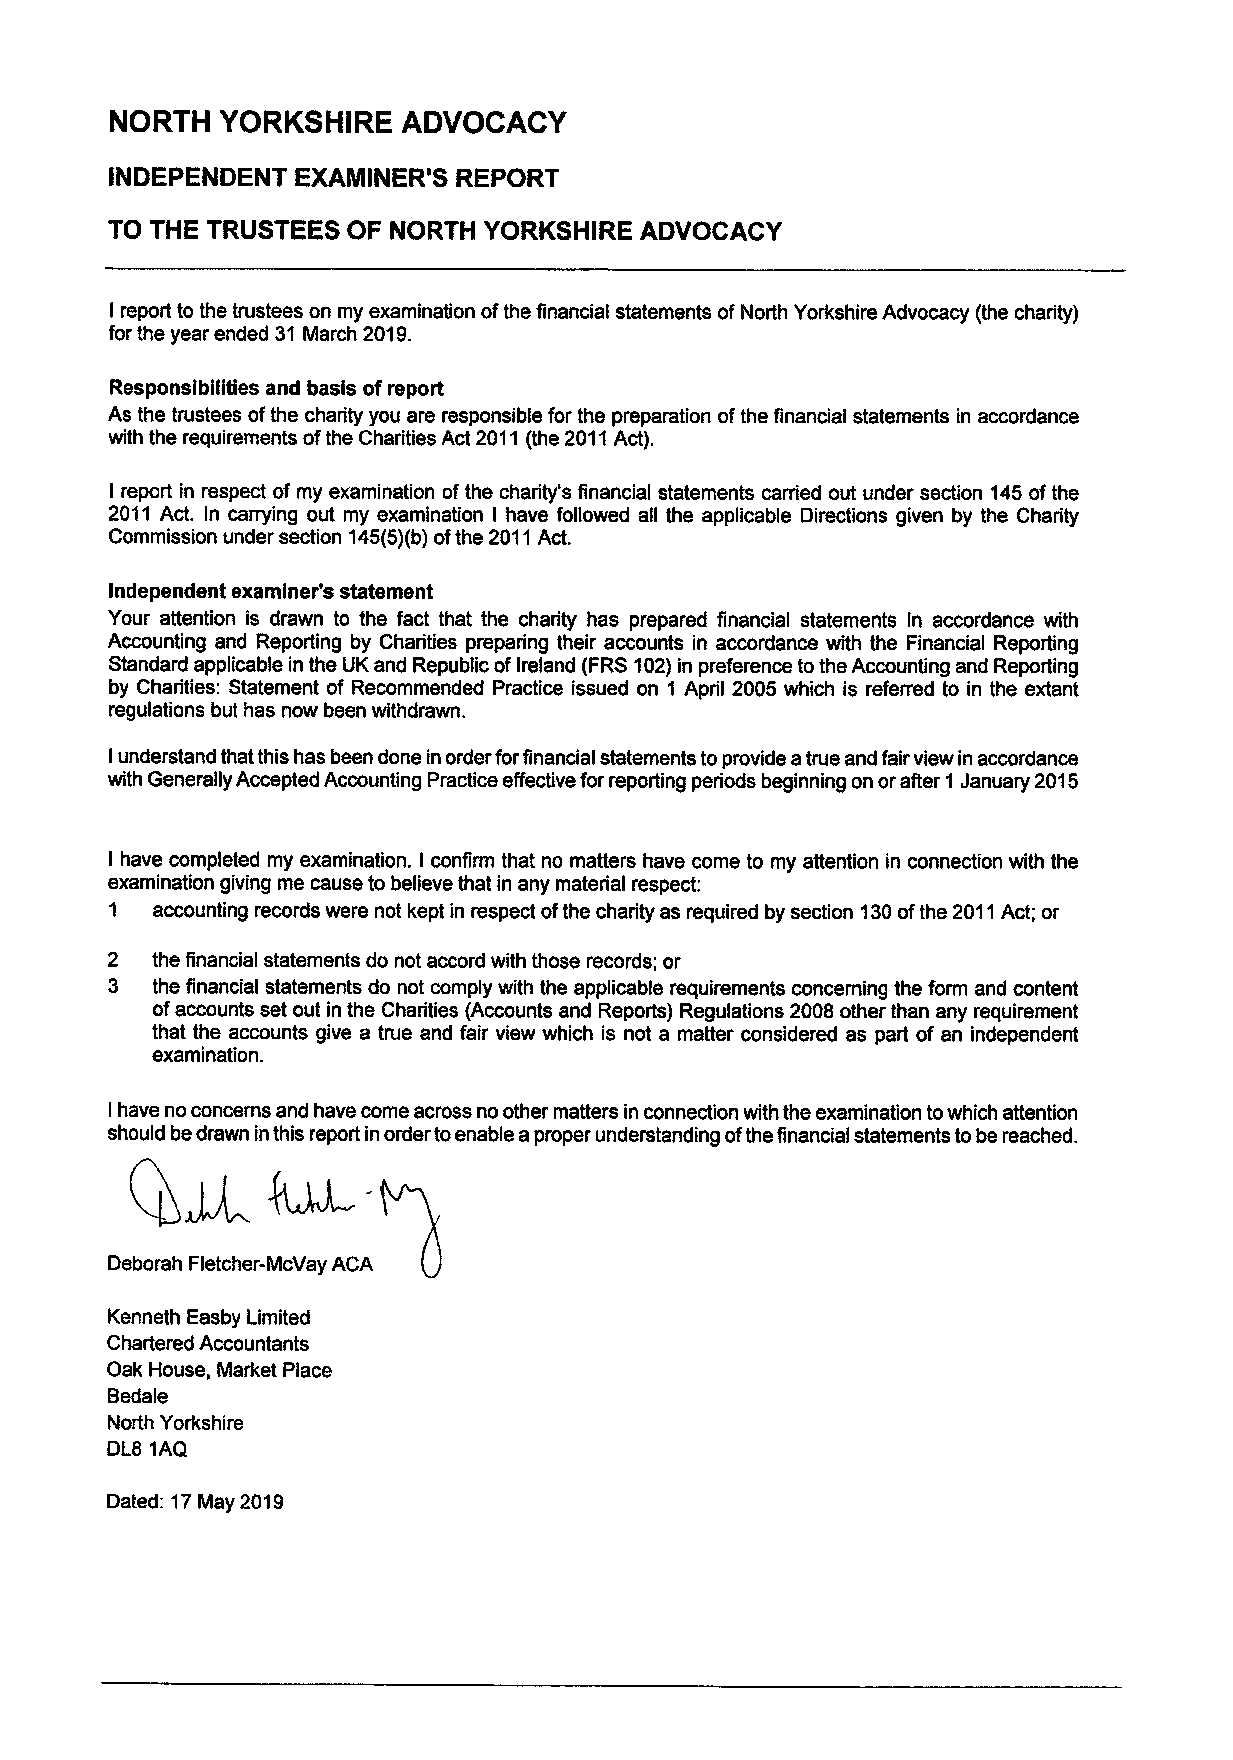
NORTH   YORKSHIRE   ADVOCACY
 INDEPENDENT  EXAMINER'S REPORT
 TO THE TRUSTEES OF NORTH YORKSHIRE ADVOCACY
 I report to the trustees on my examination ofthe financial statements ofNorth Yorkshire Advocacy (the charity)
 for the year ended 31 March 2019.
 Responsibilities and basis ofreport
 As the trustees ofthe charity you are responsible for the preparation ofthe financial statements in accordance
 with the requirements ofthe Charities Act 2011(the 2011Act).
 I report in respect of my examination ofthe charity's financial statements carried out under section 145ofthe
 2011 Act. In carrying out my examination I have followed all the applicable Directions given by the Charity
 Commission under section 145(5)(b)ofthe 2011Act.
 Independent examiner's statement
 Your attention is drawn to the fact that the charity has prepared financial statements in accordance with
 Accounting and Reporting by Charities preparing their accounts in accordance with the Financial Reporting
 Standard applicable in the UK and Republic ofIreland (FRS102)in preference tothe Accounting and Reporting
 by Charities: Statement of Recommended Practice issued on 1 April 2005 which is referred to in the extant
 regulations but has now been withdrawn.
 Iunderstand that this has been done in order forfinancial statements toprovide atrue and fair view in accordance
 with Generally Accepted Accounting Practice effective forreporting periods beginning on orafter 1 January 2015
 I have completed my examination. I confirm that no matters have come to my attention in connection with the
 examination giving me cause to believe that in any material respect:
 1  accounting records were not kept in respect ofthe charity as required by section 130ofthe 2011Act; or
 2  the financial statements do not accord with those records; or
 3  the financial statements do not comply with the applicable requirements concerning the form and content
 ofaccounts set out in the Charities (Accounts and Reports) Regulations 2008 other than any requirement
 that the accounts give a true and fair view which is not a matter considered as part of an independent
 examination.
 Ihave no concerns and have come across no other matters in connection with the examination towhich attention
 should be~drawn4inthisJrepo-rt in order toenable aproper understanding ofthe financial statements tobe reached.
 Deborah Fletcher-McVay ACA
 Kenneth Easby Limited
 Chartered Accountants
 Oak House, Market Place
 Bedale
 North Yorkshire
 DL8 1AQ
 Dated: 17May 2019